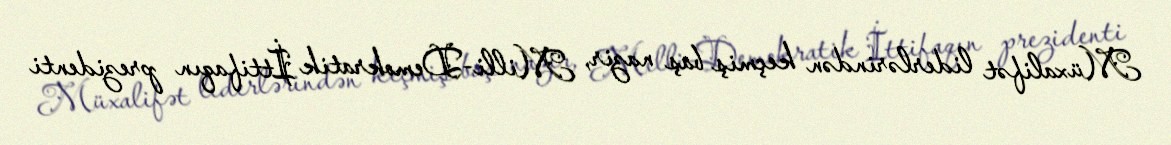
Müxalifət liderlərindən keçmiş baş nazir, Milli-Demokratik İttifaqın prezidenti